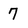
Character: 7